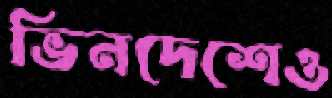
ভিনদেশেও